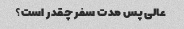
عالی پس مدت سفر چقدر است؟